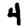
Digit: 4